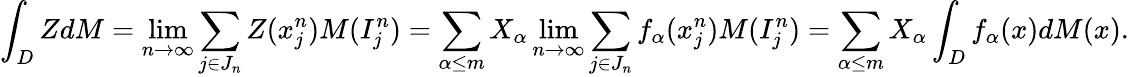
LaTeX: \int_{D}ZdM=\operatorname*{lim}_{n\to\infty}\sum_{j\in J_{n}}Z(x_{j}^{n})M(I_{j}^{n})=\sum_{\alpha\leq m}X_{\alpha}\operatorname*{lim}_{n\to\infty}\sum_{j\in J_{n}}f_{\alpha}(x_{j}^{n})M(I_{j}^{n})=\sum_{\alpha\leq m}X_{\alpha}\int_{D}f_{\alpha}(x)dM(x).